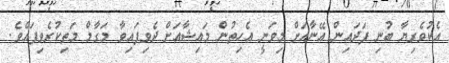
އެކުވެރިޔާ ބުނި ފަދައިން އޭނާއަށް މިވަނީ އެހިތުން މައިޝާއަށް ދެވިފައިވާ މަގާމް މަތިކުރެވިފައެވެ.